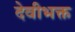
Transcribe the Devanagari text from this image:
देवीभक्त